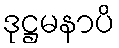
ဒုဋ္ဌမနာပိ